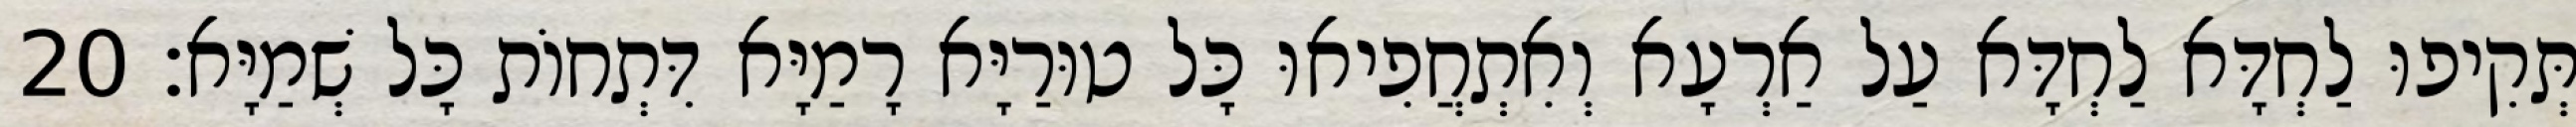
תְּקִיפוּ לַחְדָּא לַחְדָּא עַל אַרְעָא וְאִתְחֲפִיאוּ כָּל טוּרַיָּא רָמַיָּא דִּתְחוֹת כָּל שְׁמַיָּא׃ 20